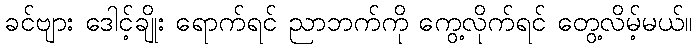
ခင်ဗျား ဒေါင့်ချိုး ရောက်ရင် ညာဘက်ကို ကွေ့လိုက်ရင် တွေ့လိမ့်မယ်။